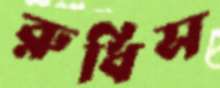
রুধিস